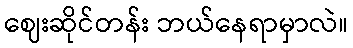
ဈေးဆိုင်တန်း ဘယ်နေရာမှာလဲ။